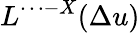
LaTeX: L^{\cdots-X}(\Delta u)